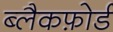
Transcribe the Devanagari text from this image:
ब्लैकफ़ोर्ड